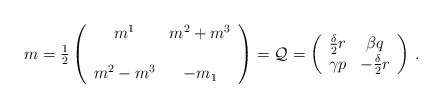
\begin{align*}m={\textstyle\frac{1}{2}} \left(\begin{array}{cc}m^{1} & m^{2}+m^{3} \\& \\m^{2}-m^{3} & -m_{1} \\\end{array}\right)={\cal Q}= \left(\begin{array}{cc}\frac{\delta}{2}r & \beta q \\\gamma p & -\frac{\delta}{2} r \\\end{array}\right)\, .\end{align*}